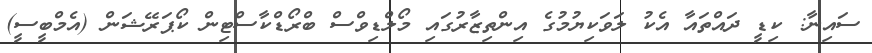
ސައިނާ: ކިޑީ ދައްތައާ އެކު ލަވަކިޔުމުގެ އިންތިޒާރުގައި މޯލްޑިވްސް ބްރޯޑްކާސްޓިން ކޯޕަރޭޝަން (އެމްބީސީ)